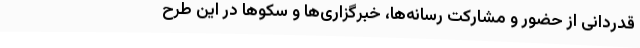
قدردانی از حضور و مشارکت رسانه‌ها، خبرگزاری‌ها و سکوها در این طرح